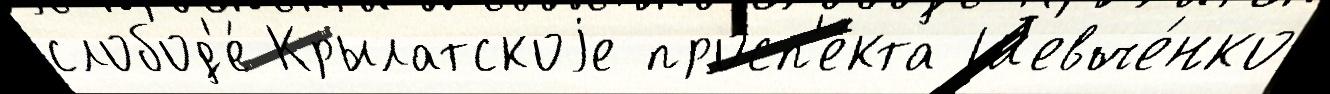
слобод'е́ Крылатскоjе просп'е́кта Шевче́нко